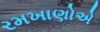
રમખાણોએ